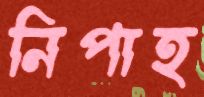
নিপাহ